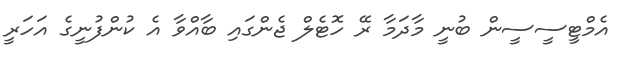
އެމްޓީސީސީން ބުނީ މާދަމާ ރޭ ހޮޓެލް ޖެންގައި ބާއްވާ އެ ކުންފުނީގެ އަހަރީ